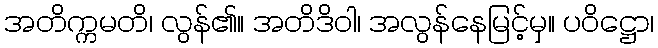
အတိက္ကမတိ၊ လွန်၏။ အတိဒိဝါ၊ အလွန်နေမြင့်မှ။ ပဝိဋ္ဌော၊